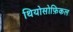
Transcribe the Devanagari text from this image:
थियोसोफ़िकल